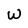
Character: W